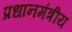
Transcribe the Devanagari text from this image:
प्रधानमंत्रीय